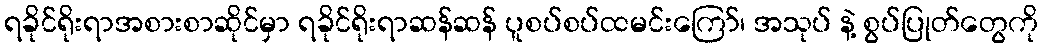
ရခိုင်ရိုးရာအစားစာဆိုင်မှာ ရခိုင်ရိုးရာဆန်ဆန် ပူစပ်စပ်ထမင်းကြော်၊ အသုပ် နဲ့ စွပ်ပြုတ်တွေကို